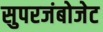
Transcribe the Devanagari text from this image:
सुपरजंबोजेट